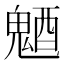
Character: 𩳜